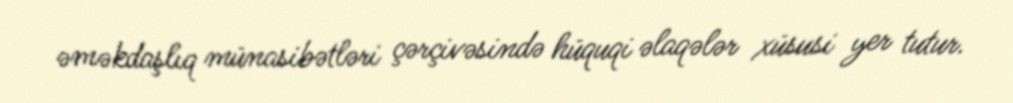
əməkdaşlıq münasibətləri çərçivəsində hüquqi əlaqələr xüsusi yer tutur.